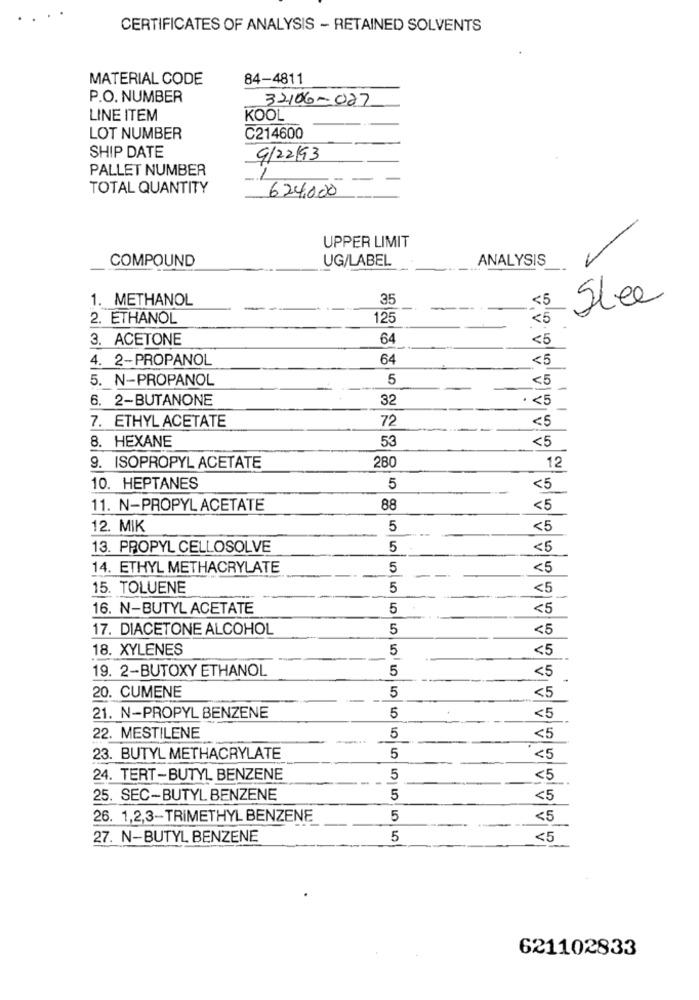
CERTIFICATES OF ANALYSIS - RETAINED SOLVENTS
MATERIAL CODE
84-4811
P.O. NUMBER
32106-027
LINE ITEM
KOOL
LOT NUMBER
C214600
SHIP DATE
9/22/93
PALLET NUMBER
1
TOTAL QUANTITY
624,000
UPPER LIMIT
COMPOUND
UG/LABEL
ANALYSIS
1. METHANOL
35
<5
Slee
2. ETHANOL
125
<5
3. ACETONE
64
<5
4. 2-PROPANOL
64
<5
5. N-PROPANOL
5
<5
6. 2-BUTANONE
32
.< 5
7. ETHYL ACETATE
72
<5
8. HEXANE
53
<5
280
9. ISOPROPYL ACETATE
12
10. HEPTANES
5
<5
11. N-PROPYL ACETATE
88
<5
12. MIK
5
<5
13. PROPYL CELLOSOLVE
5
<5
14. ETHYL METHACRYLATE
5
<5
15. TOLUENE
5
<5
16. N-BUTYL ACETATE
5
<5
17. DIACETONE ALCOHOL
5
<5
18. XYLENES
5
<5
19. 2-BUTOXY ETHANOL
5
<5
20. CUMENE
5
<5
21. N-PROPYL BENZENE
5
<5
22. MESTILENE
5
<5
23. BUTYL METHACRYLATE
5
<5
24. TERT-BUTYL BENZENE
5
<5
25. SEC-BUTYL BENZENE
5
<5
26. 1,2,3-TRIMETHYL BENZENE
5
<5
27. N-BUTYL BENZENE
5
<5
621102833